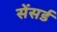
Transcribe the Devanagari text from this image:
सेंसर्ड